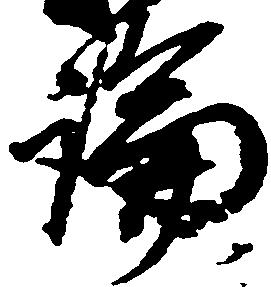
論